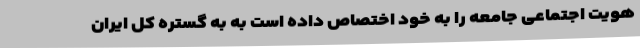
هویت اجتماعی جامعه را به خود اختصاص داده است به به گستره کل ایران